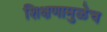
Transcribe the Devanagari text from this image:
शिक्षणामुळेच